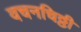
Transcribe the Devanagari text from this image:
वचनचिठ्ठी